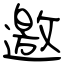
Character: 邀